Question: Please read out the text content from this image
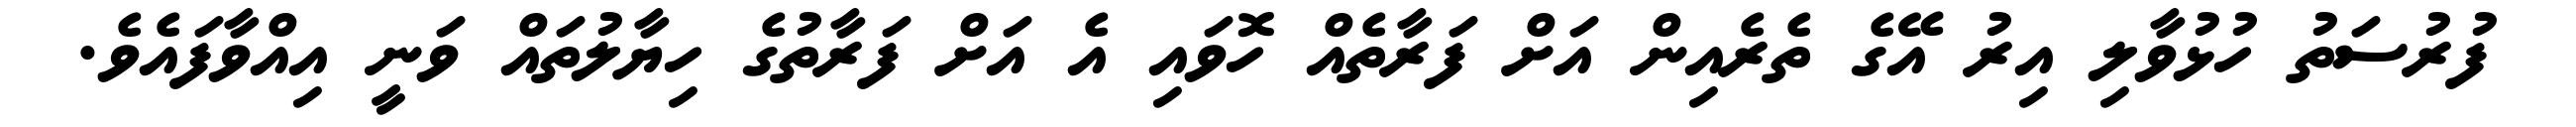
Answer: ފުރުސަތު ހުޅުވާލި އިރު އޭގެ ތެރެއިން އަށް ފަރާތެއް ހޮވައި އެ އަށް ފަރާތުގެ ހިޔާލުތައް ވަނީ އިއްވާފައެވެ.